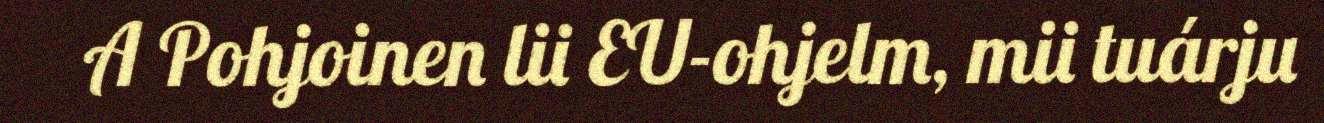
A Pohjoinen lii EU-ohjelm, mii tuárju